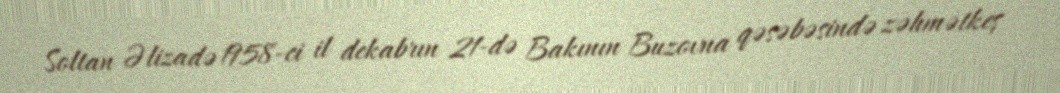
Soltan Əlizadə 1958-ci il dekabrın 21-də Bakının Buzovna qəsəbəsində zəhmətkeş